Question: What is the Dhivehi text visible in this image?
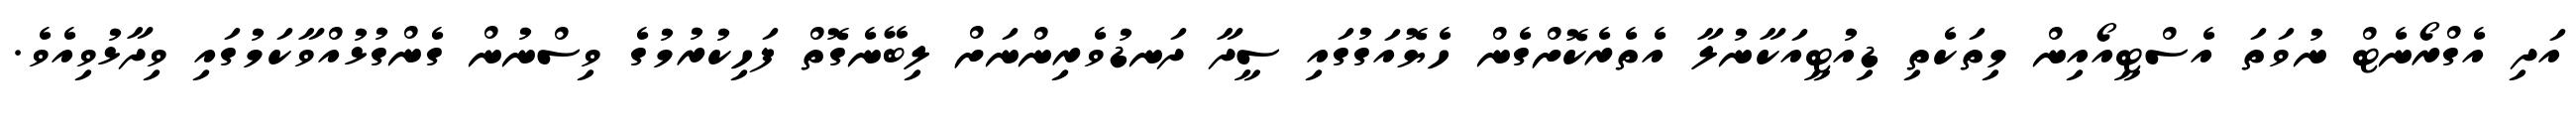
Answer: އަދި އެގްރޯނެޓް ނުވަތަ އެސްޓީއޯއިން މިތަކެތި ޑިއުޓީއަކާނުލާ އެތެރެކޮށްގެން ހެޔޮއަގުގައި ސީދާ ދަނޑުވެރިންނަށް ލިބޭނެގޮތް ފަހިކުރުމުގެ ވިސްނުން ގެންގުޅުއްވާކަމުގައި ވިދާޅުވިއެވެ.